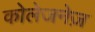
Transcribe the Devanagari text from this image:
कोलेजनेज़